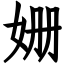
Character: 姗